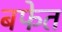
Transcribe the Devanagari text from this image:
बफेत